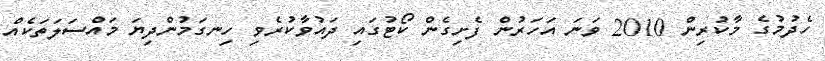
ހެދުމުގެ މާކުރިން 2010 ވަނަ އަހަރުން ފެށިގެން ކޯޓުގައި ދައުވާކުރެވި ހިނގަމުންދިޔަ މައްސަލަތަކެއް